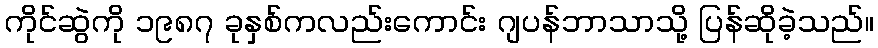
ကိုင်ဆွဲကို ၁၉၈၇ ခုနှစ်ကလည်းကောင်း ဂျပန်ဘာသာသို့ ပြန်ဆိုခဲ့သည်။